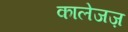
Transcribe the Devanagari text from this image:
कालेजज़